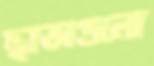
ছাতাগুলো